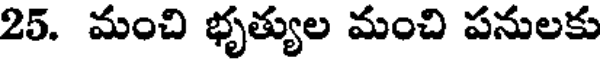
25. మంచి భృత్యుల మంచి పనులకు